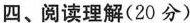
四、阅读理解(20分)